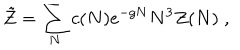
\tilde { Z } = \sum _ { N } c ( N ) e ^ { - g N } N ^ { 3 } Z ( N ) \; ,